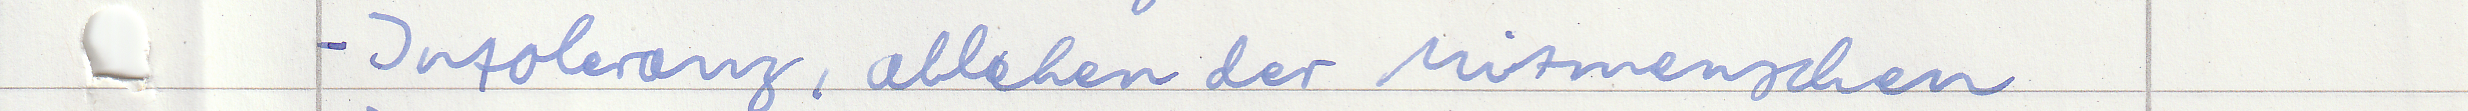
- Intoleranz, ablehnen der Mitmenschen